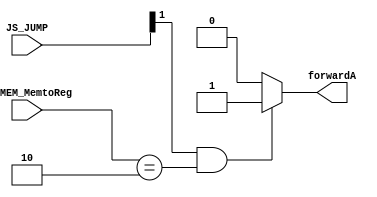
module ForwardingUnit_JUMP (
    input [1:0] JS_JUMP,// signal indicate that the instruction in ID stage is JS instruction
    input [1:0] EX_MEM_MemtoReg,// signal indicate that the instruction in MEM stage is JAL instruction
    output reg forwardA 
);

// Forwarding logic for ALU inputs
always@(*)
begin
    // Default: No forwarding
    forwardA = 1'b0;

    // Forwarding for rs1
    if (JS_JUMP[1]==1'b1 && EX_MEM_MemtoReg==2'b10 ) 
	 begin
        forwardA = 1'b1 ; // Forward from EX/MEM
    end 
	 
end

endmodule